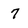
Character: 7